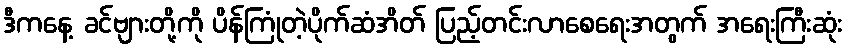
ဒီကနေ့ ခင်ဗျားတို့ကို ပိန်ကြုံတဲ့ပိုက်ဆံအိတ် ပြည့်တင်းလာစေရေးအတွက် အရေးကြီးဆုံး